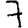
Digit: 7